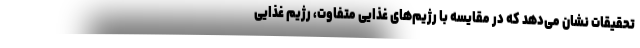
تحقیقات نشان می‌دهد که در مقایسه با رژیم‌های غذایی متفاوت، رژیم غذایی